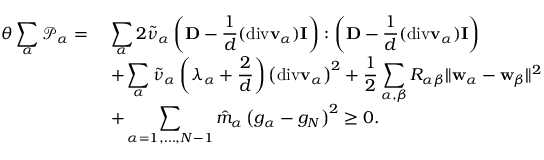
\begin{array} { r l } { \theta \displaystyle \sum _ { \alpha } \mathscr { P } _ { \alpha } = } & { ~ \displaystyle \sum _ { \alpha } 2 \tilde { \nu } _ { \alpha } \left( \mathbf { D } - \frac { 1 } { d } ( \mathrm { d i v } \mathbf { v } _ { \alpha } ) \mathbf { I } \right) : \left( \mathbf { D } - \frac { 1 } { d } ( \mathrm { d i v } \mathbf { v } _ { \alpha } ) \mathbf { I } \right) } \\ & { ~ + \displaystyle \sum _ { \alpha } \tilde { \nu } _ { \alpha } \left( \lambda _ { \alpha } + \frac { 2 } { d } \right) \left( \mathrm { d i v } \mathbf { v } _ { \alpha } \right) ^ { 2 } + \frac { 1 } { 2 } \displaystyle \sum _ { \alpha , { \beta } } R _ { \alpha { \beta } } \| \mathbf { w } _ { \alpha } - \mathbf { w } _ { \beta } \| ^ { 2 } } \\ & { ~ + \displaystyle \sum _ { \alpha = 1 , \dots , N - 1 } \hat { m } _ { \alpha } \left( g _ { \alpha } - g _ { N } \right) ^ { 2 } \geq 0 . } \end{array}